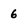
Character: 6